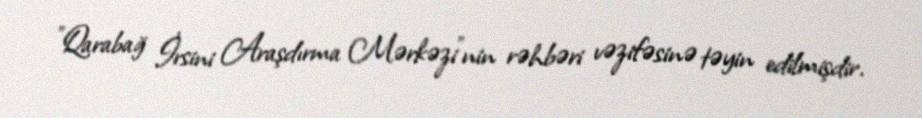
"Qarabağ İrsini Araşdırma Mərkəzi"nin rəhbəri vəzifəsinə təyin edilmişdir.